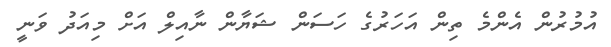
އުމުރުން އެންމެ ތިން އަހަރުގެ ހަސަން ޝަޔާން ނާއިލް އަށް މިއަދު ވަނީ